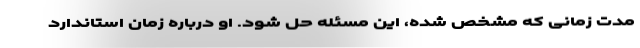
مدت زمانی که مشخص شده، این مسئله حل شود. او درباره زمان استاندارد